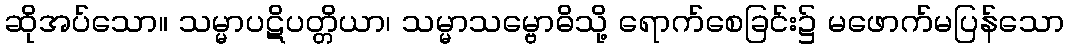
ဆိုအပ်သော။ သမ္မာပဋိပတ္တိယာ၊ သမ္မာသမ္ဗောဓိသို့ ရောက်စေခြင်း၌ မဖောက်မပြန်သော